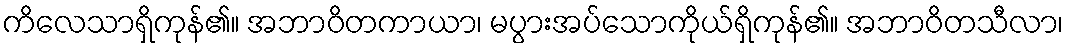
ကိလေသာရှိကုန်၏။ အဘာဝိတကာယာ၊ မပွားအပ်သောကိုယ်ရှိကုန်၏။ အဘာဝိတသီလာ၊